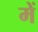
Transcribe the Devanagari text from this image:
में